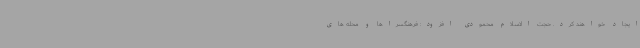
ایجاد خواهند کرد. حجت الاسلام محمودی افزود: فرهنگسراها و محله های